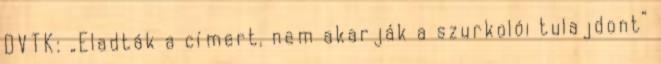
DVTK: „Eladták a címert, nem akarják a szurkolói tulajdont”